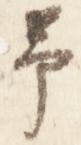
予